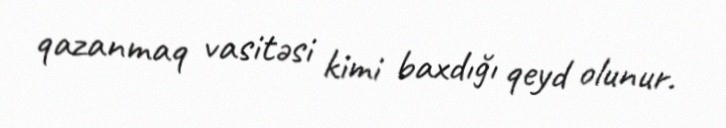
qazanmaq vasitəsi kimi baxdığı qeyd olunur.